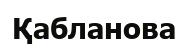
Қабланова